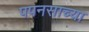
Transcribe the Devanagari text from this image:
पपनसाच्या